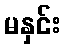
မနှင်း